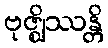
ဗုဇ္ဈိဿန္တိ